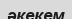
әкекем